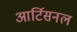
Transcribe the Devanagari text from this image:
आर्टिसनल